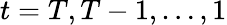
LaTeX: {t=T,T-1,\ldots,1}